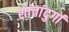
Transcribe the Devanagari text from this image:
शांतांदुर्गा